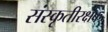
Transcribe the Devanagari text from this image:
संस्कृतीरक्षक